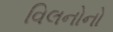
વિલનોનો